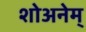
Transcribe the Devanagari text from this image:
शोअनेम्